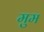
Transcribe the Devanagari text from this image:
मुम